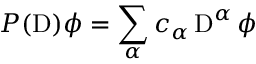
P ( \operatorname { D } ) \phi = \sum _ { \alpha } c _ { \alpha } \operatorname { D } ^ { \alpha } \phi